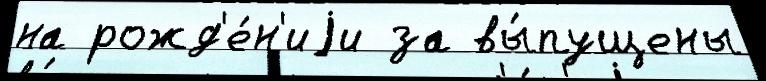
на рожд'е́н'иjи за вы́пущены